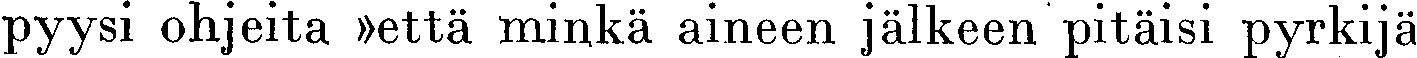
pyysi ohjeita »että minkä aineen jälkeen pitäisi pyrkijä